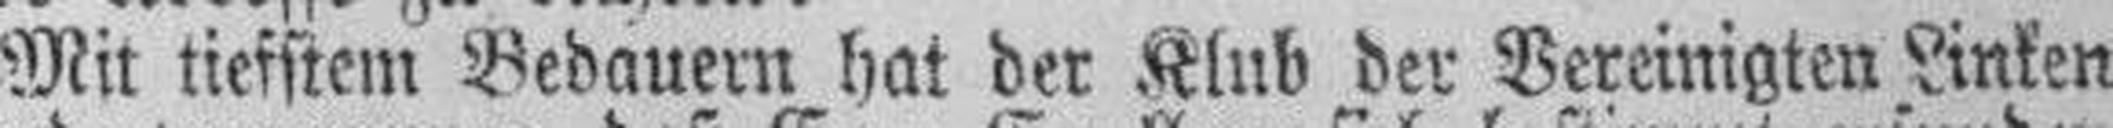
Mit tiefstem Bedauern hat der Klub der Vereinigten Linken